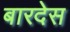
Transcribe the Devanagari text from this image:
बारदेस